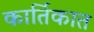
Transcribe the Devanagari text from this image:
कार्तिकात